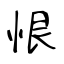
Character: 恨